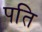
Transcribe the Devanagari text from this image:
पति